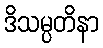
ဒိသမ္ပတိနာ